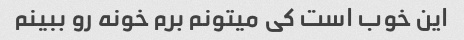
این خوب است کی میتونم برم خونه رو ببینم